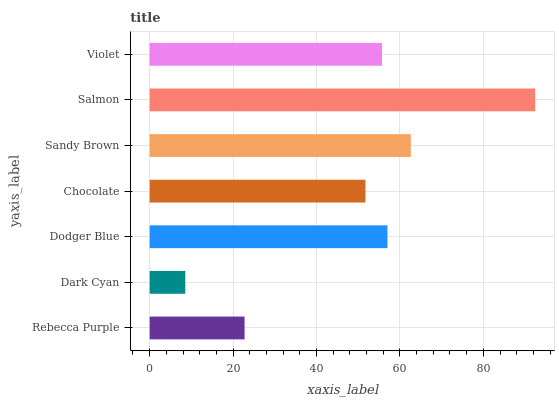
| yaxis_label | bars |
 | --- | --- |
 | Rebecca Purple | 22.8 |
 | Dark Cyan | 8.54 |
 | Dodger Blue | 57 |
 | Chocolate | 51.7 |
 | Sandy Brown | 62.6 |
 | Salmon | 92.4 |
 | Violet | 55.7 |